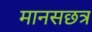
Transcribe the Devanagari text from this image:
मानसछत्र